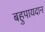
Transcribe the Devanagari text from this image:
बहुपायदान